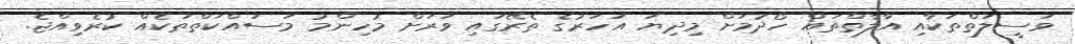
ވަސީލަތްތަކާއި އާލާތްތައް ހޯދުމަށް މިދިޔަ އަހަރުގެ ތެރޭގައި ވަރަށް މުހިންމު މަސައްކަތްތަކެއް ކުރެވިއްޖެ.